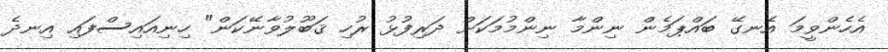
އެހެންވީމަ އެނގޭ ބައްޕަމެން ނިންމާ ނިންމުމަކަށް ދަރިފުޅު ރުހި ޤަބޫލުވާނޭކަން" ހިނިއައިސްފައި އިނދެ